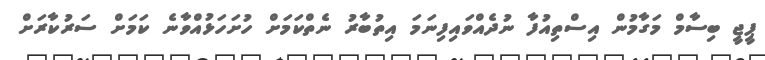
ޕީޖީ ބިސާމް މަގާމުން އިސްތިއުފާ ނުދެއްވައިފިނަމަ އިތުބާރު ނެތްކަމަށް ހުށަހަޅުއްވާނެ ކަމަށް ސަރުކާރަށް